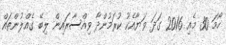
ހޯމަ 30 މެއި 2016 ގަދަ ވަޔާއެކު ކުރަމުންދާ ވިއްސާރައިން ލިބޭ ގެއްލުންތައް